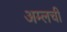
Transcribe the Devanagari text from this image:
अम्लची